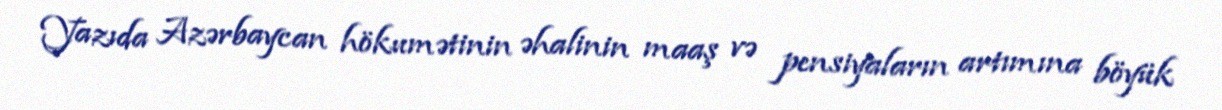
Yazıda Azərbaycan hökumətinin əhalinin maaş və pensiyaların artımına böyük